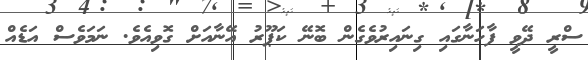
ސްރީ ދޭވީ ފާހަނާގައި ގިނައިރުވެގެން ބޮނޭ ކަޕޫރު އޭނާއަށް ގޮވިއެވެ. ނަމަވެސް އަޑެއް